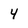
Character: 4